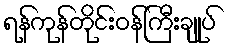
ရန်ကုန်တိုင်းဝန်ကြီးချုပ်